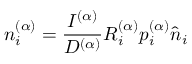
n _ { i } ^ { ( \alpha ) } = \frac { I ^ { ( \alpha ) } } { D ^ { ( \alpha ) } } R _ { i } ^ { ( \alpha ) } p _ { i } ^ { ( \alpha ) } \hat { n } _ { i }